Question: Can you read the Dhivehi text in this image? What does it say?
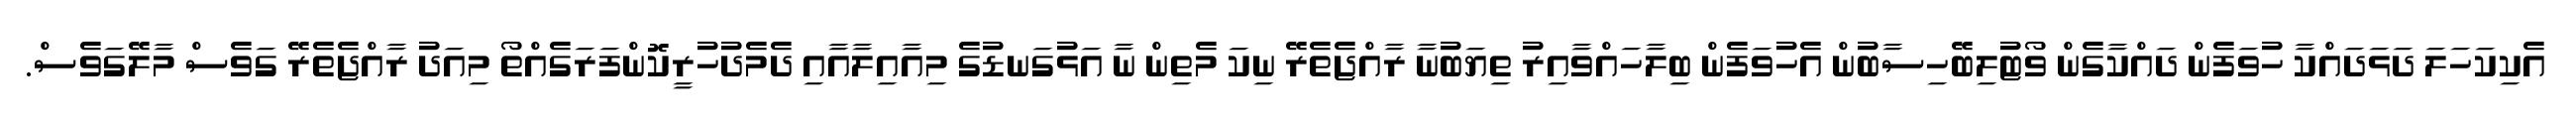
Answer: އެކިކަހަލަ ދަޅަދައްކާ ހުވަފެން ދައްކާގެން ވޯޓުލިބޭހިސާބުން އެހުވަފެން ބިލާހައްވާއިރު ތިޔަބުނާ ރާއްޖެތެރޭ ނިކަ މެތިން ނާ އަޅުގަނޑުގެ މިއާއިލާއާއި ދެމެދުހުރީކޮންފަރަގެއްތޯ މިއަދު ރާއްޖެތެރޭ ގަވެސް މާލޭގަވެސް.